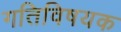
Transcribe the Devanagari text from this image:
गतिविषयक